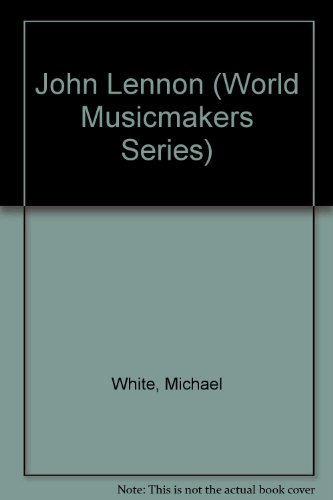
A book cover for World Musicmakers - John Lennon; Michael White; Teen & Young Adult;